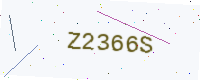
Text: Z2366S